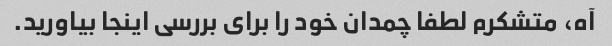
آه، متشکرم لطفا چمدان خود را برای بررسی اینجا بیاورید.